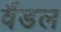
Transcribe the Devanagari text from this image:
वैंडल